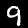
Label: 9